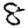
Digit: 8